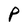
Character: P